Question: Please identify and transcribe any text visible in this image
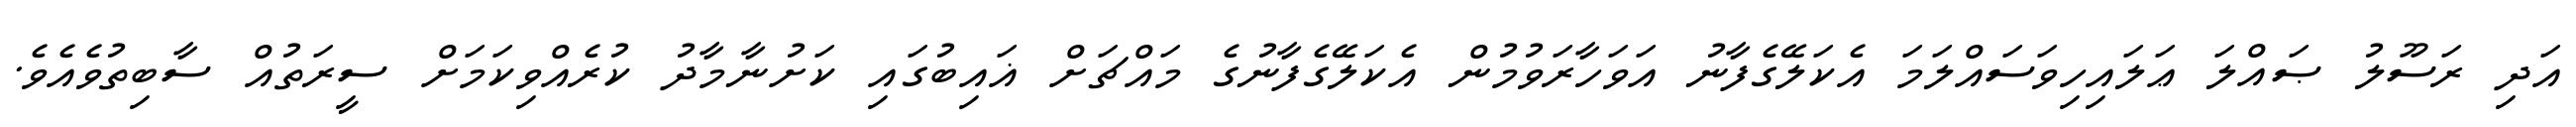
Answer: އަދި ރަސޫލު ޞައްލަ ޢަލައިހިވަސައްލަމަ އެކަލޭގެފާނު އަވަހާރަވުމުން އެކަލޭގެފާނުގެ މައްޗަށް ޣައިބުގައި ކަށުނާމާދު ކުރެއްވިކަމަށް ސީރަތުއް ސާބިތުވެއެވެ.